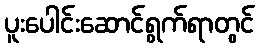
ပူးပေါင်းဆောင်ရွက်ရာတွင်